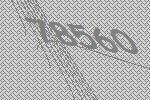
78560